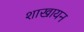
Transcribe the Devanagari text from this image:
शाखायन